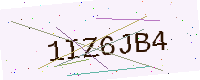
Text: 1IZ6JB4